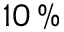
1 0 \, \%